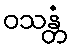
ဝသန္တံ